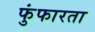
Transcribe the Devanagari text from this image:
फुंफारता